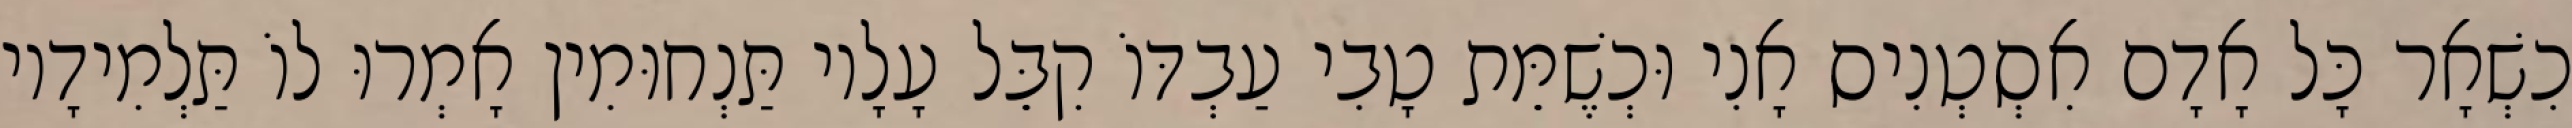
כִשְׁאָר כָּל אָדָם אִסְטְנִיס אָנִי וּכְשֶׁמֵּת טָבִי עַבְדּוֹ קִבֵּל עָלָיו תַּנְחוּמִין אָמְרוּ לוֹ תַּלְמִידָיו